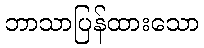
ဘာသာပြန်ထားသော